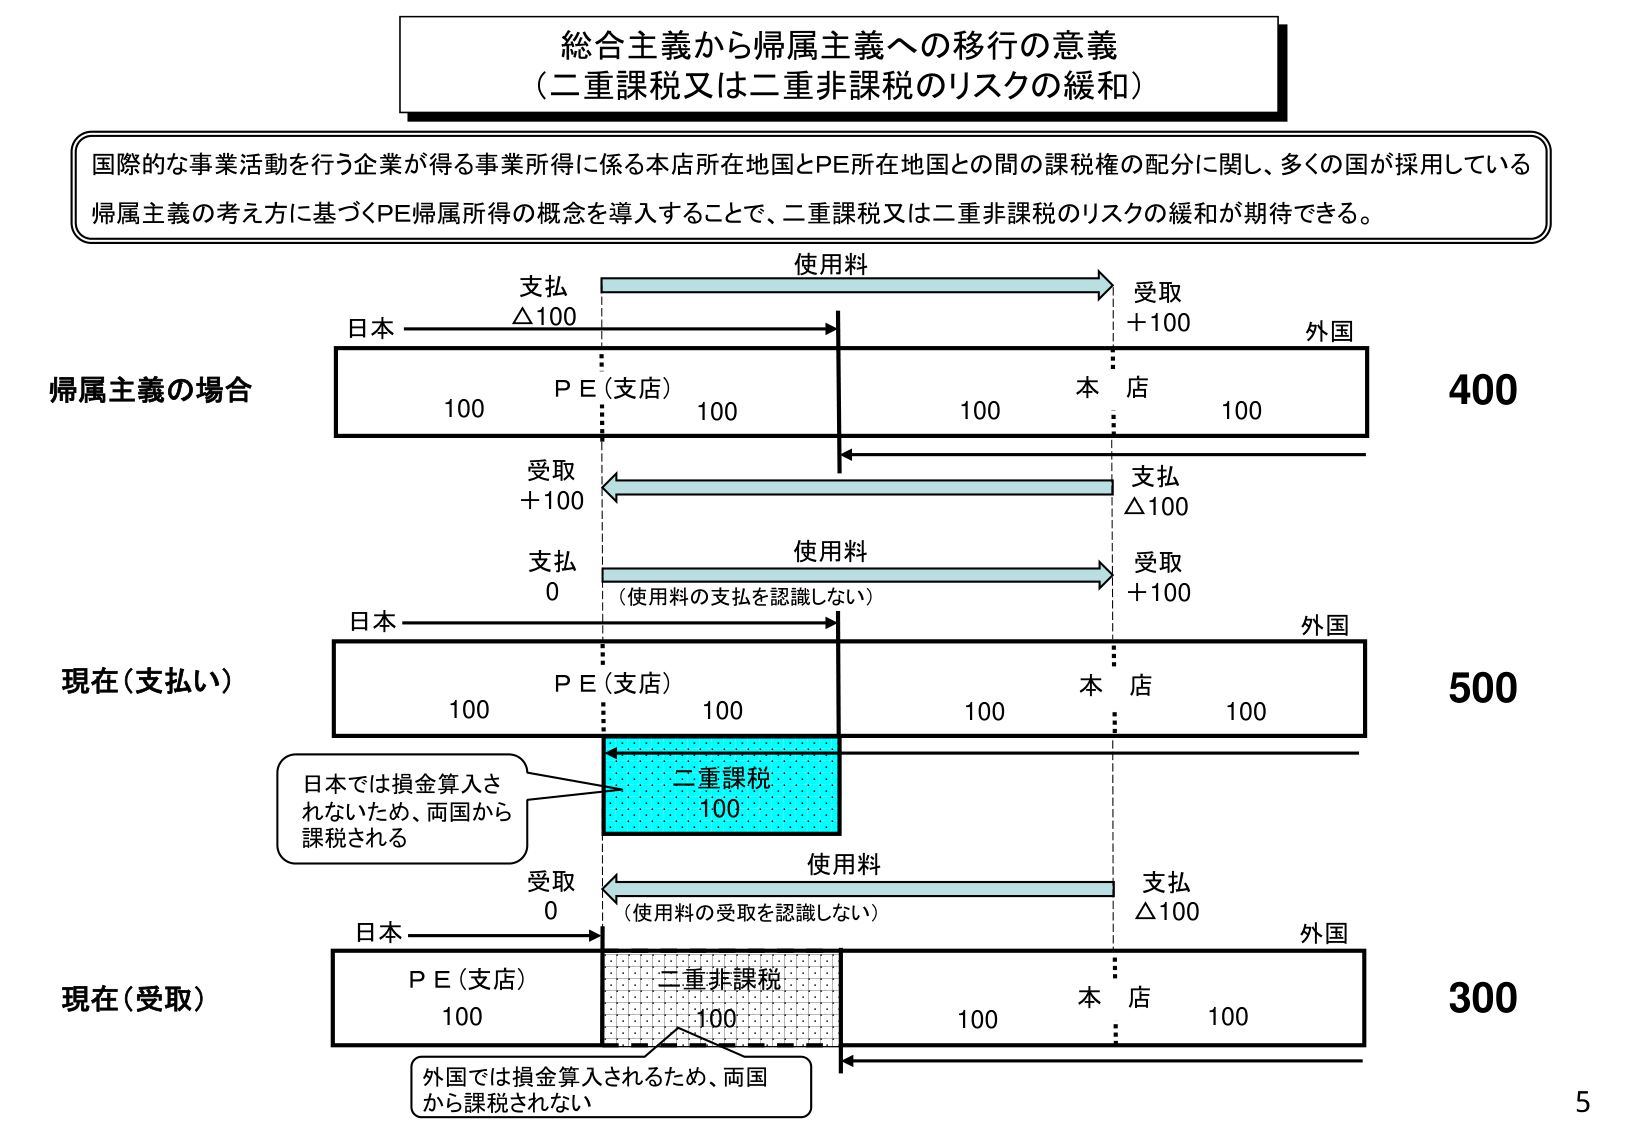
総合主義から帰属主義への移行の意義
（二重課税又は二重非課税のリスクの緩和）

国際的な事業活動を行う企業が得る事業所得に係る本店所在地国とPE所在地国との間の課税権の配分に関し、多くの国が採用している
帰属主義の考え方に基づくPE帰属所得の概念を導入することで、二重課税又は二重非課税のリスクの緩和が期待できる。

帰属主義の場合
使用料
支払 △100
日本 ————————————————————————————→ 受取 +100